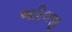
આદિલજી